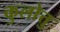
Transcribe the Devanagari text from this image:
कुलोत्तु